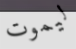
ليموت